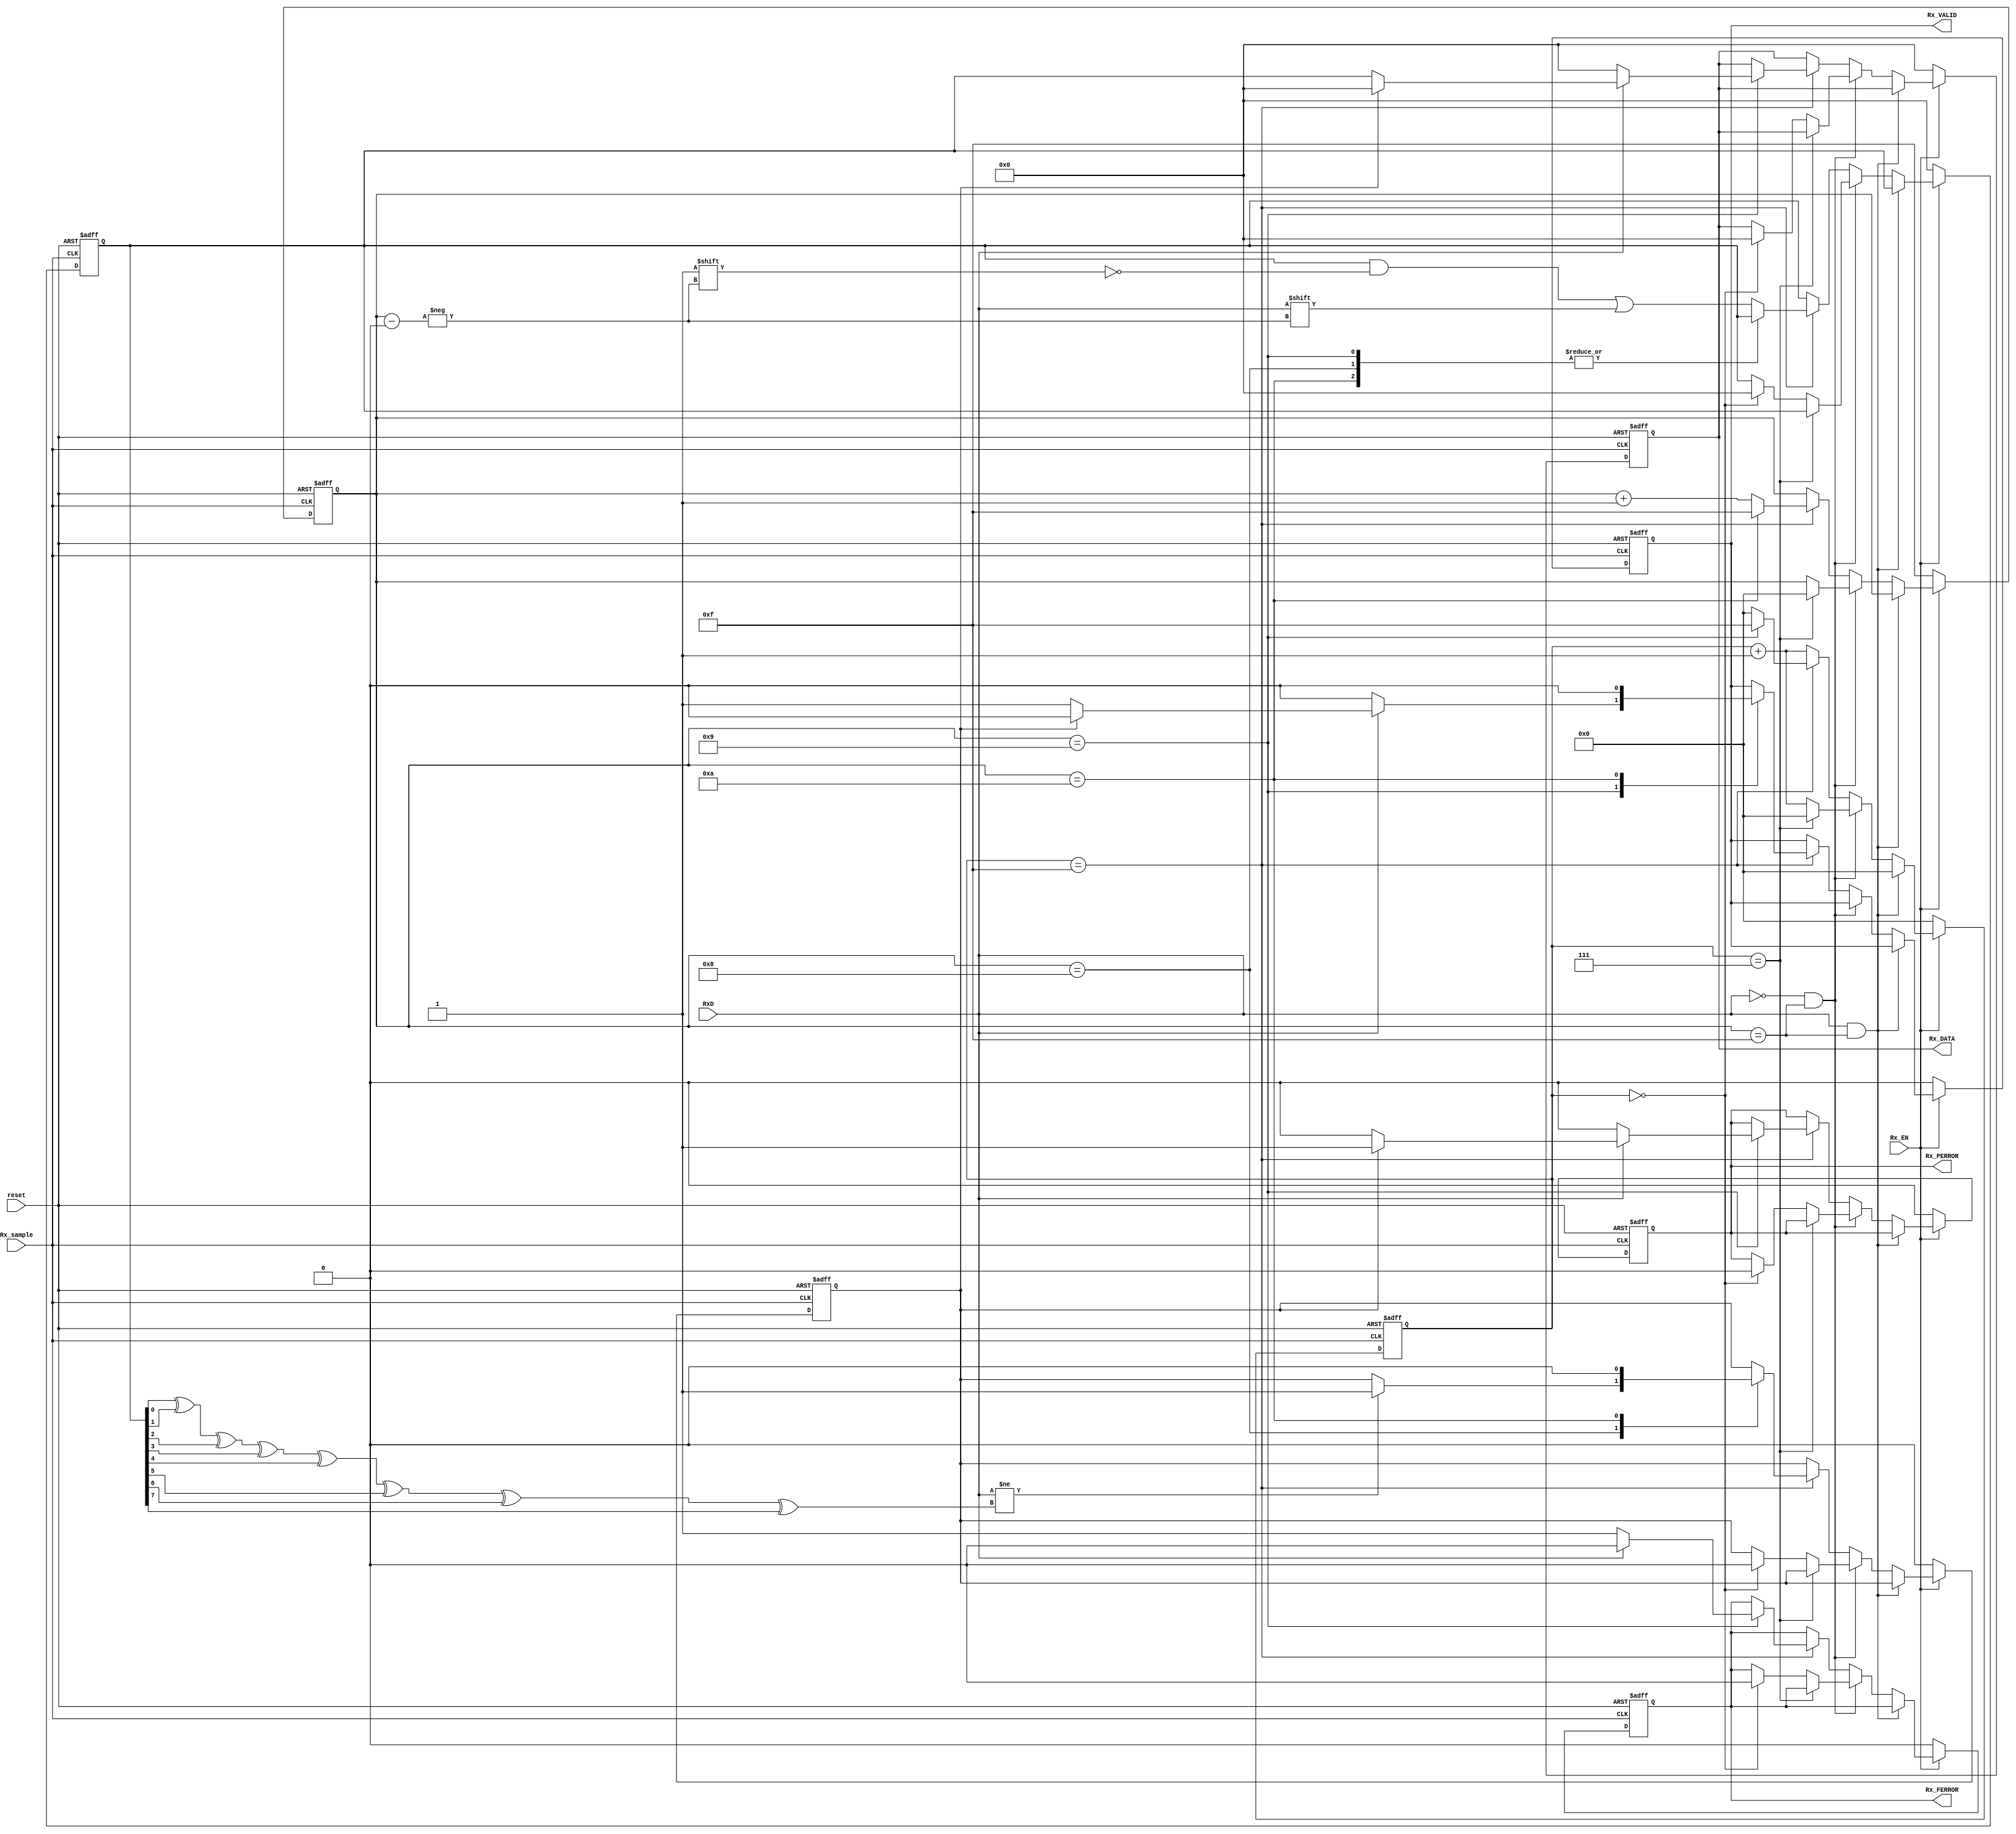
`timescale 1ns / 1ps
//////////////////////////////////////////////////////////////////////////////////
// Company: 
// Engineer: 
// 
// Design Name: 
// Module Name:    message 
// Project Name: 
// Target Devices: 
// Tool versions: 
// Description: 
//
// Dependencies: 
//
// Revision: 
// Revision 0.01 - File Created
// Additional Comments: 
//
//////////////////////////////////////////////////////////////////////////////////
module message_Rx(reset, Rx_sample, Rx_EN, RxD, Rx_DATA, Rx_FERROR, Rx_PERROR, Rx_VALID);
input reset;
input Rx_sample, Rx_EN;
input RxD;

output reg [7:0] Rx_DATA;
output reg Rx_FERROR;
output reg Rx_PERROR;
output reg Rx_VALID;

reg PERROR;
reg [3:0] counter_bit;
reg [3:0] counter;// cycle counter for middle
reg Parity_Bit;
reg [7:0] DATA;

always@(posedge reset or posedge Rx_sample)
begin
	if(reset)
	begin
		Rx_DATA = 8'b00000000;
		Rx_FERROR = 1'b0;
		Rx_PERROR = 1'b0;
		DATA = 8'b00000000;
		PERROR = 1'b0;
		Rx_VALID = 1'b0;
		Parity_Bit = 1'b0;
		counter_bit = 4'b1111;
		counter = 4'b0000;
	end
	else if (Rx_EN == 1'b1)
	begin
		if (RxD == 1'b1 && counter_bit == 4'b1111) //BEFORE START BIT
		begin
			counter = 4'b0000;
		end
		else if (RxD == 1'b0 && counter_bit == 4'b1111) //START BIT
		begin
			if (counter == 4'b0111)//MDDLE CHECK
			begin
				counter = 4'b0000;
				counter_bit = 4'b0000;
			end
			else if(counter == 4'b0000) //WHEN TAKE NEW SYMBOL ALL TAKE VALUE 0
			begin
				counter = counter + 1;
				PERROR = 1'b0;
				Rx_PERROR = 1'b0;
				Rx_FERROR = 1'b0;
				Rx_DATA = 8'b00000000;
				DATA = 8'b00000000;
			end
			else
				counter = counter + 1;
		end
		else
		begin
			if (counter == 4'b1111)//MIDDLE CHECK
			begin
				case(counter_bit)
				4'b1000:// CALCULATE AND CHECK PARITY BIT
				begin
					Parity_Bit = DATA[0] ^ DATA[1] ^ DATA[2] ^ DATA[3] ^ DATA[4] ^ DATA[5] ^ DATA[6] ^ DATA[7];
					if (RxD != Parity_Bit)
						PERROR = 1'b1;
					counter_bit = counter_bit + 1;//GO TO NEXT BIT
					counter = 4'b0000;
				end
				4'b1001://CHECK STOP BIT
				begin
					if (RxD != 1) //STOP BIT HANEN'T CORRECT VALUE SENT FERROR
					begin
						Rx_DATA = 8'b00000000;
						Rx_FERROR = 1'b1;//FERROR TAKE VALUE 1
						Rx_PERROR = 1'b0;
						Rx_VALID = 1'b0;
					end
					else if (PERROR == 1'b1) //PARITY BIT DIDN'T HAVE CORRECT VALUE SENT PERROR
					begin
						Rx_DATA = 8'b00000000;
						Rx_FERROR = 1'b0;
						Rx_PERROR = 1'b1;
						Rx_VALID = 1'b0;
					end
					else // TRANSFER DATA TO Rx_DATA
					begin
						Rx_DATA = DATA;
						Rx_FERROR = 1'b0;
						Rx_PERROR = 1'b0;
						Rx_VALID = 1'b1;
					end
					
					Parity_Bit = 1'b0;
					counter_bit = counter_bit + 1;
					counter = 4'b1111;
				end
				4'b1010:// hold Rx_VALID 1 for one cycle
				begin
					PERROR = 1'b0;
					Rx_VALID = 1'b0;
					counter_bit = 4'b1111;
					counter = 4'b0000;
				end
				default: //SAVE SYMBOL BIT
				begin
					DATA[counter_bit] = RxD;
					counter_bit = counter_bit + 1;
					counter = 4'b0000;
				end
				endcase
			end
			else
				counter = counter + 1;
		end
	end
	else //IF RECEIVER IS CLOSE
	begin
		Rx_DATA = 8'b00000000;
		DATA = 8'b00000000;
		Rx_FERROR = 1'b0;
		Rx_PERROR = 1'b0;
		PERROR = 1'b0;
		Rx_VALID = 1'b0;
		Parity_Bit = 1'b0;
		counter_bit = 4'b1111;
		counter = 4'b0000;
	end
end

endmodule